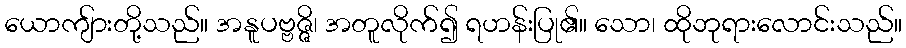
ယောကျ်ားတို့သည်။ အနူပဗ္ဗဇ္ဇိ၊ အတူလိုက်၍ ရဟန်းပြု၏။ သော၊ ထိုဘုရားလောင်းသည်။